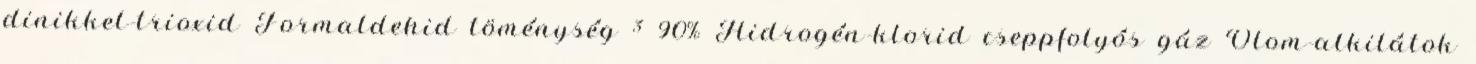
dinikkel-trioxid Formaldehid töménység ³ 90% Hidrogén-klorid cseppfolyós gáz Ólom-alkilátok